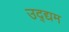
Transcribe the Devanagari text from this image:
उद्द्यम